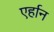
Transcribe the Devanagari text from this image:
एर्हान